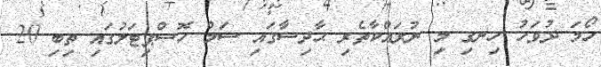
ހޯމަ ދުވަހު ހިނގި މި ނުރައްކާތެރި ޙާދިސާގައި ސަމް ހޮސްޕިޓަލުގައި ތިބި 20